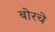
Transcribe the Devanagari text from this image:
बोरचे